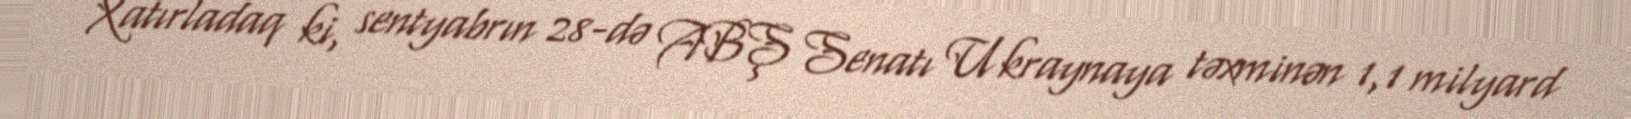
Xatırladaq ki, sentyabrın 28-də ABŞ Senatı Ukraynaya təxminən 1,1 milyard